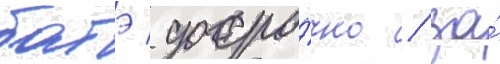
батэ досро́чно / за́